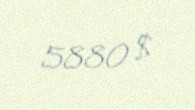
5880 $